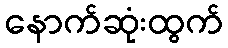
နောက်ဆုံးထွက်